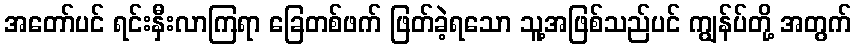
အတော်ပင် ရင်းနှီးလာကြရာ ခြေတစ်ဖက် ဖြတ်ခဲ့ရသော သူ့အဖြစ်သည်ပင် ကျွန်ပ်တို့ အတွက်